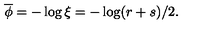
\overline { { \phi } } = - \log \xi = - \log ( r + s ) / 2 .